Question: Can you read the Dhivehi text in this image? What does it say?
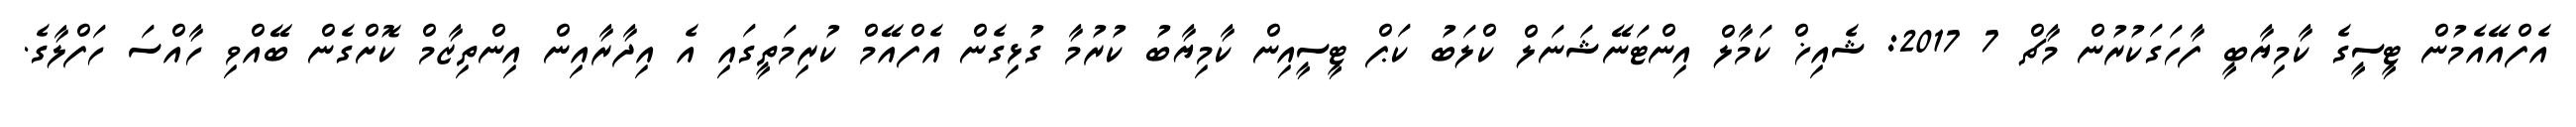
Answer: އެފްއޭއެމުން ޓީސީގެ ކާމިޔާބީ ފާހަގަކުރުން މާޗް 7 2017: ޝެއިޚް ކަމާލް އިންޓަނޭޝަނަލް ކްލަބު ކަޕް ޓީސީއިން ކާމިޔާބު ކުރުމާ ގުޅިގެން އެފްއޭމް ކުރިމަތީގައި އެ އިދާރާއިން އިންތިޒާމް ކޮށްގެން ބޭއްވި ހާއްސަ ހަފްލާގެ.